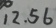
1 2 . 5 6